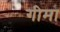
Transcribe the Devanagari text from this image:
गीमा